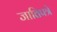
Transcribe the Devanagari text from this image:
जातिपत्रे